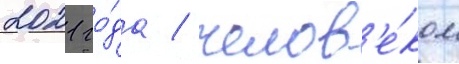
2021 го́да / челов'е́ком